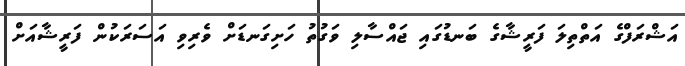
އަޝްރަފްގެ އަތްތިލަ ފަރީޝާގެ ބަނޑުގައި ޖައްސާލި ވަގުތު ހަށިގަނޑަށް ވެރިވި އަސަރަކުން ފަރީޝާއަށް